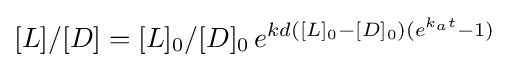
[L]/[D]=[L]_{0}/[D]_{0}\,e^{kd([L]_{0}-[D]_{0})(e^{k_{a}t}-1)}